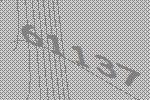
61137